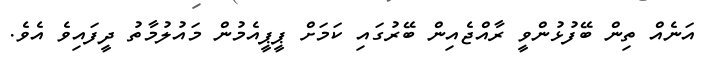
އަނެއް ތިން ބޭފުޅުންވީ ރާއްޖެއިން ބޭރުގައި ކަމަަށް ޕީޕީއެމުން މައުލުމާތު ދީފައިވެ އެވެ.